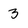
Character: 3